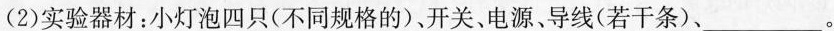
(2)实验器材：小灯泡四只(不同规格的)，开关、电源、导线(若干条)、___。